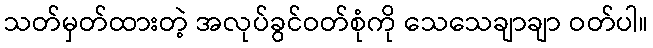
သတ်မှတ်ထားတဲ့ အလုပ်ခွင်ဝတ်စုံကို သေသေချာချာ ဝတ်ပါ။